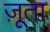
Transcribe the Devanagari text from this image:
ज़ूता